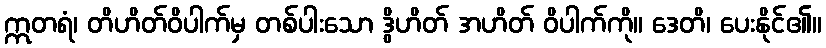
ဣတရံ၊ တိဟိတ်ဝိပါက်မှ တစ်ပါးသော ဒွိဟိတ် အဟိတ် ဝိပါက်ကို။ ဒေတိ၊ ပေးနိုင်၏။